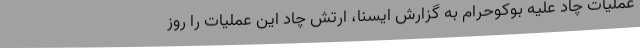
عملیات چاد علیه بوکوحرام به گزارش ایسنا، ارتش چاد این عملیات را روز